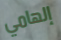
إلهامي